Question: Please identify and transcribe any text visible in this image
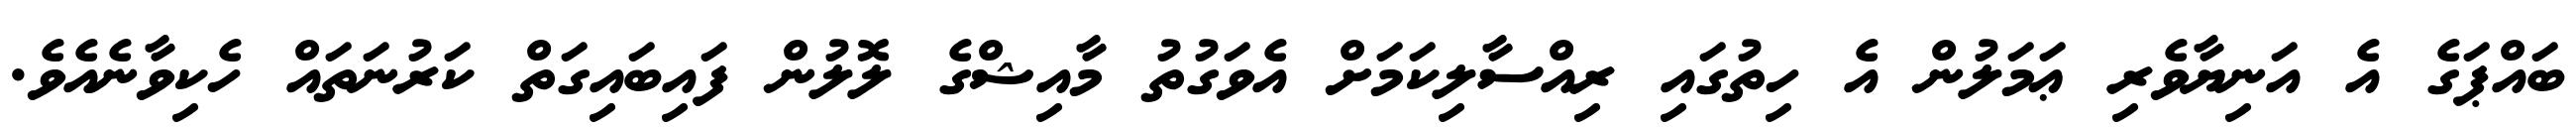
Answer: ބައްޕަގެ އެ އަނިޔާވެރި ޢަމަލުން އެ ހިތުގައި ރިއްސާލިކަމަށް އެވަގުތު މާއިޝްގެ ލޮލުން ފައިބައިގަތް ކަރުނަތައް ހެކިވާނެއެވެ.